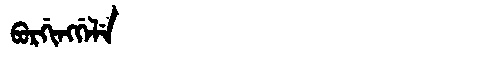
Manchu: ᠪᡠᡵᡤᡳᠩᡤᡝᠯᡝ
Romanization: BURGINGGELE